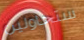
ستحاولين